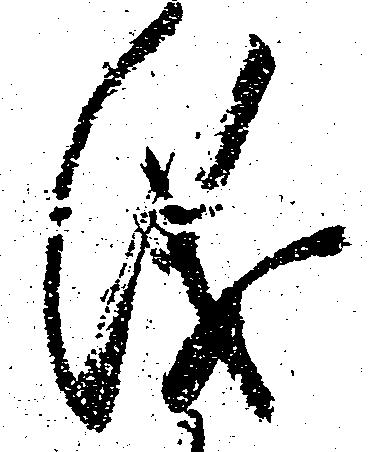
儀